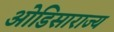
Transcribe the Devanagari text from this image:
ओडिसाराज्य